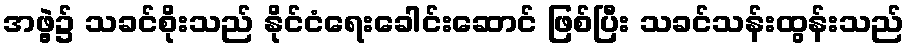
အဖွဲ့၌ သခင်စိုးသည် နိုင်ငံရေးခေါင်းဆောင် ဖြစ်ပြီး သခင်သန်းထွန်းသည်